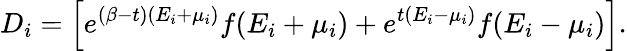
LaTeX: D_{i}=\left[e^{(\beta-t)(E_{i}+\mu_{i})}f(E_{i}+\mu_{i})+e^{t(E_{i}-\mu_{i})}f(E_{i}-\mu_{i})\right].